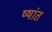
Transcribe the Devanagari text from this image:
ष्षांत